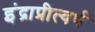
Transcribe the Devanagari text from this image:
इंद्राप्रीत्यर्थ